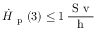
\Dot { H } _ { \mathrm { ~ p ~ } } ( 3 ) \leq 1 \, \frac { \mathrm { ~ S ~ v ~ } } { \mathrm { ~ h ~ } }